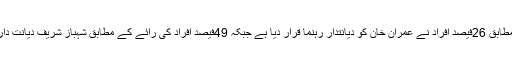
اس سروے کے مطابق 26فیصد افراد نے عمران خان کو دیانتدار رہنما قرار دیا ہے جبکہ 49فیصد افراد کی رائے کے مطابق شہباز شریف دیانت دار وزیر اعلیٰ ہیں ۔